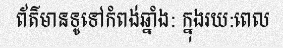
ព័ត៌មានទូទៅកំពង់ឆ្នាំង: ក្នុងរយ:ពេល